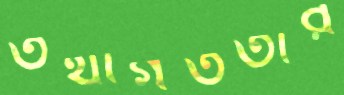
তথাগততার